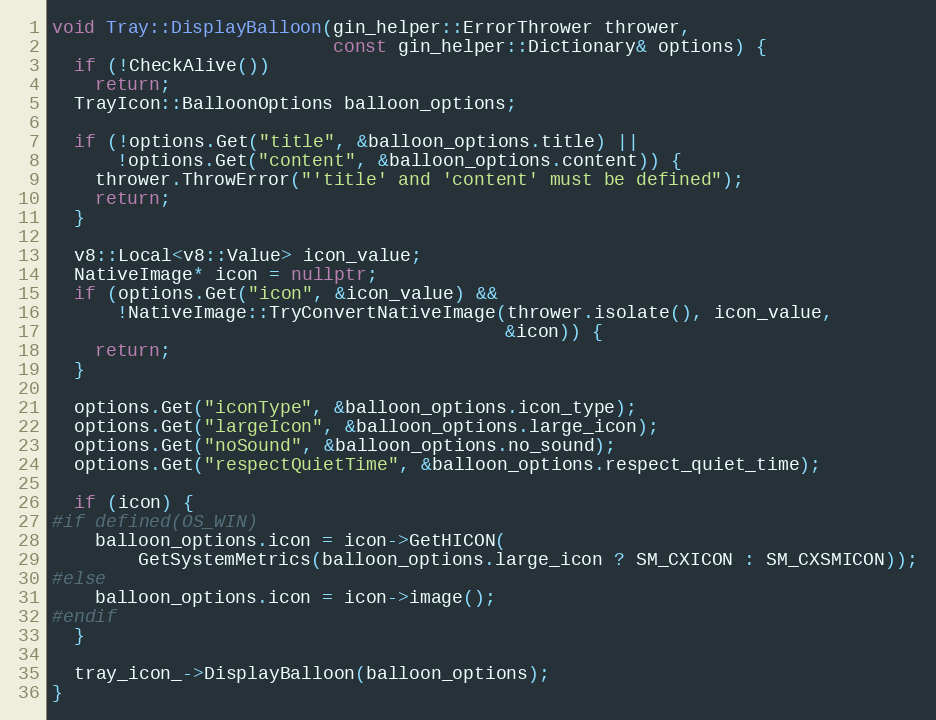
Language: C++
void Tray::DisplayBalloon(gin_helper::ErrorThrower thrower,
                          const gin_helper::Dictionary& options) {
  if (!CheckAlive())
    return;
  TrayIcon::BalloonOptions balloon_options;

  if (!options.Get("title", &balloon_options.title) ||
      !options.Get("content", &balloon_options.content)) {
    thrower.ThrowError("'title' and 'content' must be defined");
    return;
  }

  v8::Local<v8::Value> icon_value;
  NativeImage* icon = nullptr;
  if (options.Get("icon", &icon_value) &&
      !NativeImage::TryConvertNativeImage(thrower.isolate(), icon_value,
                                          &icon)) {
    return;
  }

  options.Get("iconType", &balloon_options.icon_type);
  options.Get("largeIcon", &balloon_options.large_icon);
  options.Get("noSound", &balloon_options.no_sound);
  options.Get("respectQuietTime", &balloon_options.respect_quiet_time);

  if (icon) {
#if defined(OS_WIN)
    balloon_options.icon = icon->GetHICON(
        GetSystemMetrics(balloon_options.large_icon ? SM_CXICON : SM_CXSMICON));
#else
    balloon_options.icon = icon->image();
#endif
  }

  tray_icon_->DisplayBalloon(balloon_options);
}